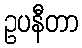
ဥပနီတာ